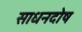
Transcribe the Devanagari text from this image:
साधनदोष